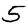
Digit: 5